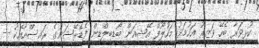
ކުޅިވަރާ ބެހޭ ވަޒީރު އަހުމަދު މަހުލޫފް އޭޝިއަން ބޯޑީބިލްޑިން ފެޑެރޭޝަނުގެ ރައީސްއާއެކު --